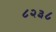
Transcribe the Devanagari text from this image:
८२३८